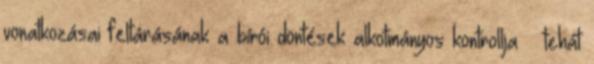
vonatkozásai feltárásának a bírói döntések alkotmányos kontrollja – tehát